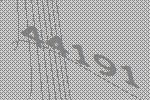
44191